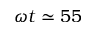
\omega t \simeq 5 5